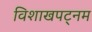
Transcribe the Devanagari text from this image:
विशाखपट्‌नम